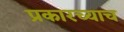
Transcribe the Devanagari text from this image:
प्रकारच्याच